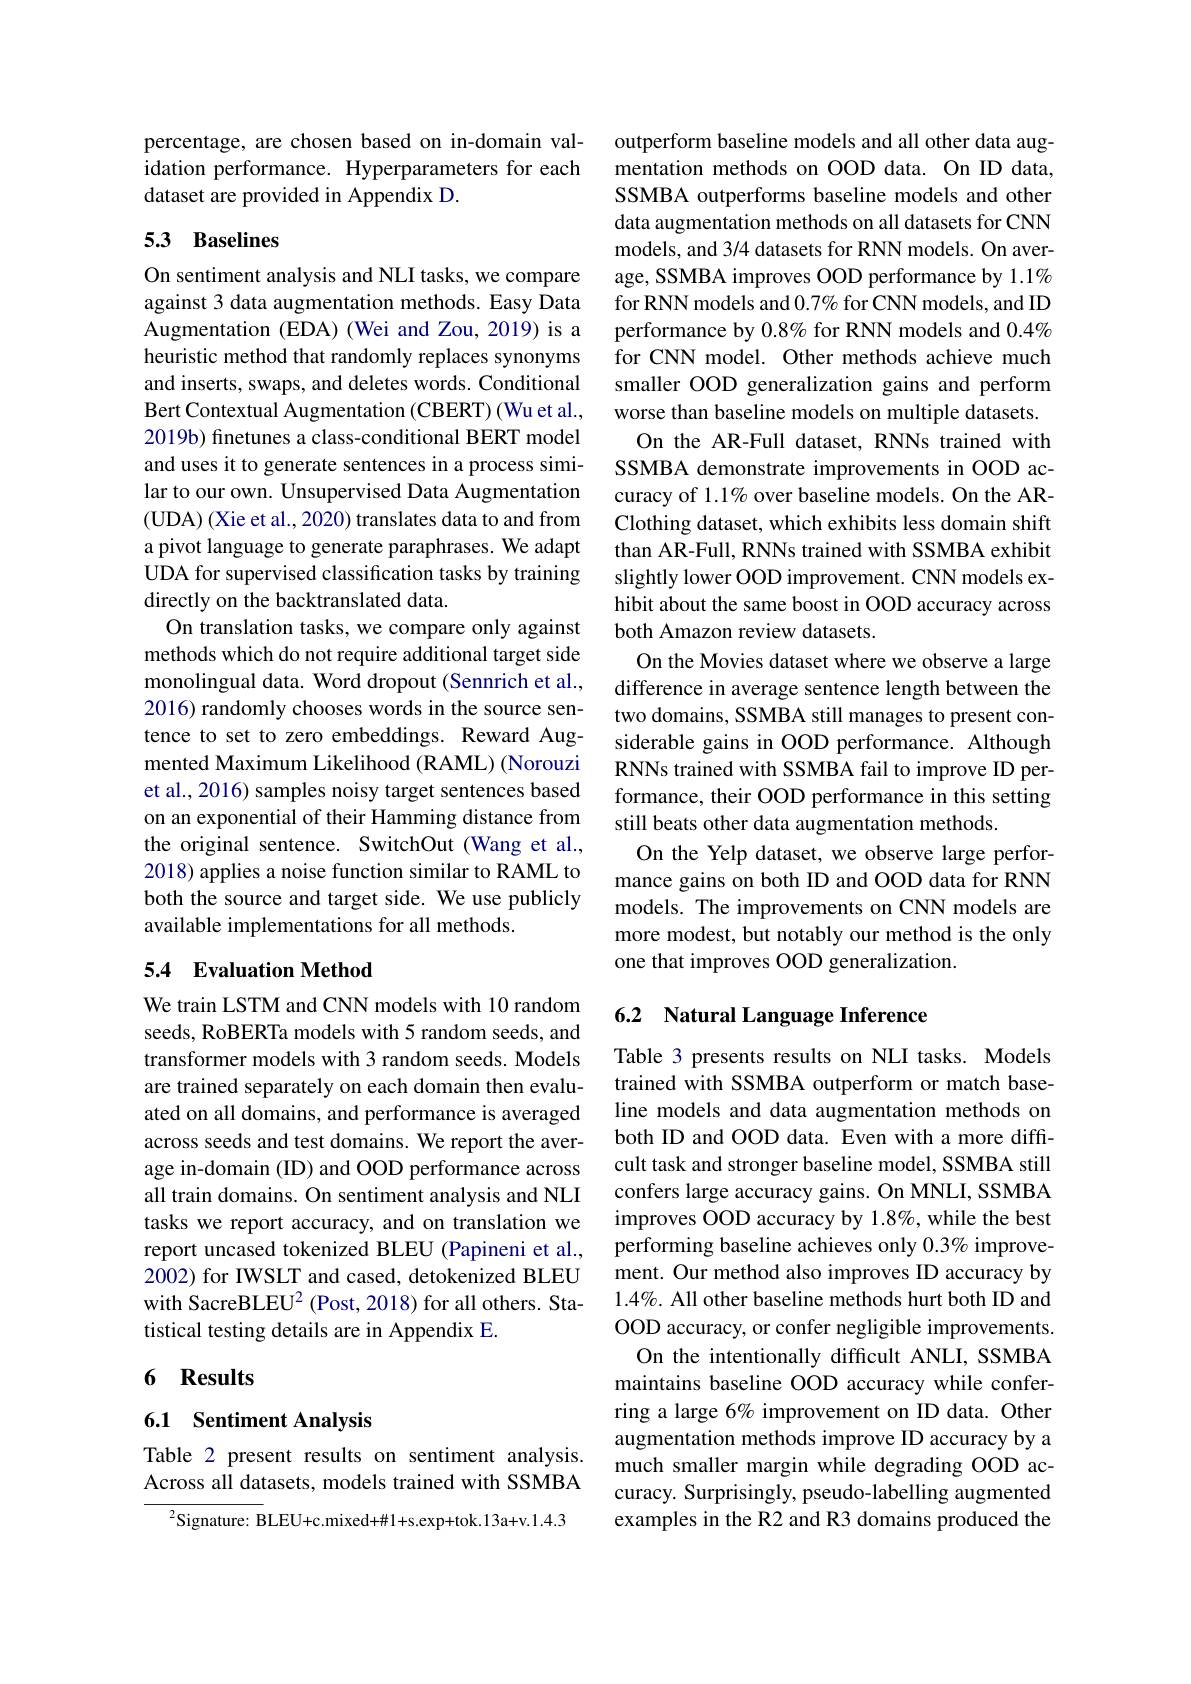
percentage, are chosen based on in-domain validation performance. Hyperparameters for each dataset are provided in Appendix D.

## 5.3 Baselines

On sentiment analysis and NLI tasks, we compare against 3 data augmentation methods. Easy Data Augmentation (EDA) (Wei and Zou, 2019) is a heuristic method that randomly replaces synonyms and inserts, swaps, and deletes words. Conditional Bert Contextual Augmentation (CBERT) (Wu et al., 2019b) finetunes a class-conditional BERT model and uses it to generate sentences in a process similar to our own. Unsupervised Data Augmentation (UDA) (Xie et al., 2020) translates data to and from a pivot language to generate paraphrases. We adapt UDA for supervised classification tasks by training directly on the backtranslated data.
On translation tasks, we compare only against methods which do not require additional target side monolingual data. Word dropout (Sennrich et al., 2016) randomly chooses words in the source sentence to set to zero embeddings. Reward Augmented Maximum Likelihood (RAML) (Norouzi et al., 2016) samples noisy target sentences based on an exponential of their Hamming distance from the original sentence. SwitchOut (Wang et al., 2018) applies a noise function similar to RAML to both the source and target side. We use publicly available implementations for all methods.

### 5.4 Evaluation Method

We train LSTM and CNN models with 10 random seeds, RoBERTa models with 5 random seeds, and transformer models with 3 random seeds. Models are trained separately on each domain then evaluated on all domains, and performance is averaged across seeds and test domains. We report the average in-domain (ID) and OOD performance across all train domains. On sentiment analysis and NLI tasks we report accuracy, and on translation we report uncased tokenized BLEU (Papineni et al., 2002) for IWSLT and cased, detokenized BLEU with SacreBLEU$^2$ (Post, 2018) for all others. Statistical testing details are in Appendix E.

### 6 Results

6.1 Sentiment Analysis

Table 2 present results on sentiment analysis. Across all datasets, models trained with SSMBA

$^{2}$Signature: BLEU+c.mixed+#1+s.exp+tok.13a+v.1.4.3

outperform baseline models and all other data augmentation methods on OOD data. On ID data, SSMBA outperforms baseline models and other data augmentation methods on all datasets for CNN models, and 3/4 datasets for RNN models. On average, SSMBA improves OOD performance by 1.1% for RNN models and $0.7\%$ for CNN models, and ID performance by 0.8% for RNN models and $0.4\%$ for CNN model. Other methods achieve much smaller OOD generalization gains and perform worse than baseline models on multiple datasets.
On the AR-Full dataset, RNNs trained with SSMBA demonstrate improvements in OOD accuracy of 1.1% over baseline models. On the ARClothing dataset, which exhibits less domain shift than AR-Full, RNNs trained with SSMBA exhibit slightly lower OOD improvement. CNN models exhibit about the same boost in OOD accuracy across both Amazon review datasets.
On the Movies dataset where we observe a large difference in average sentence length between the two domains, SSMBA still manages to present considerable gains in OOD performance. Although RNNs trained with SSMBA fail to improve ID performance, their OOD performance in this setting still beats other data augmentation methods.
On the Yelp dataset, we observe large performance gains on both ID and OOD data for RNN models. The improvements on CNN models are more modest, but notably our method is the only one that improves OOD generalization.

## 6.2 Natural Language Inference

Table 3 presents results on NLI tasks. Models trained with SSMBA outperform or match baseline models and data augmentation methods on both ID and OOD data. Even with a more diffcult task and stronger baseline model, SSMBA still confers large accuracy gains. On MNLI, SSMBA improves OOD accuracy by 1.8%, while the best performing baseline achieves only 0.3% improvement. Our method also improves ID accuracy by $1.4\%.$ All other baseline methods hurt both ID and OOD accuracy, or confer negligible improvements.
On the intentionally difficult ANLI, SSMBA maintains baseline OOD accuracy while conferring a large 6% improvement on ID data. Other augmentation methods improve ID accuracy by a much smaller margin while degrading OOD accuracy. Surprisingly, pseudo-labelling augmented examples in the R2 and R3 domains produced the